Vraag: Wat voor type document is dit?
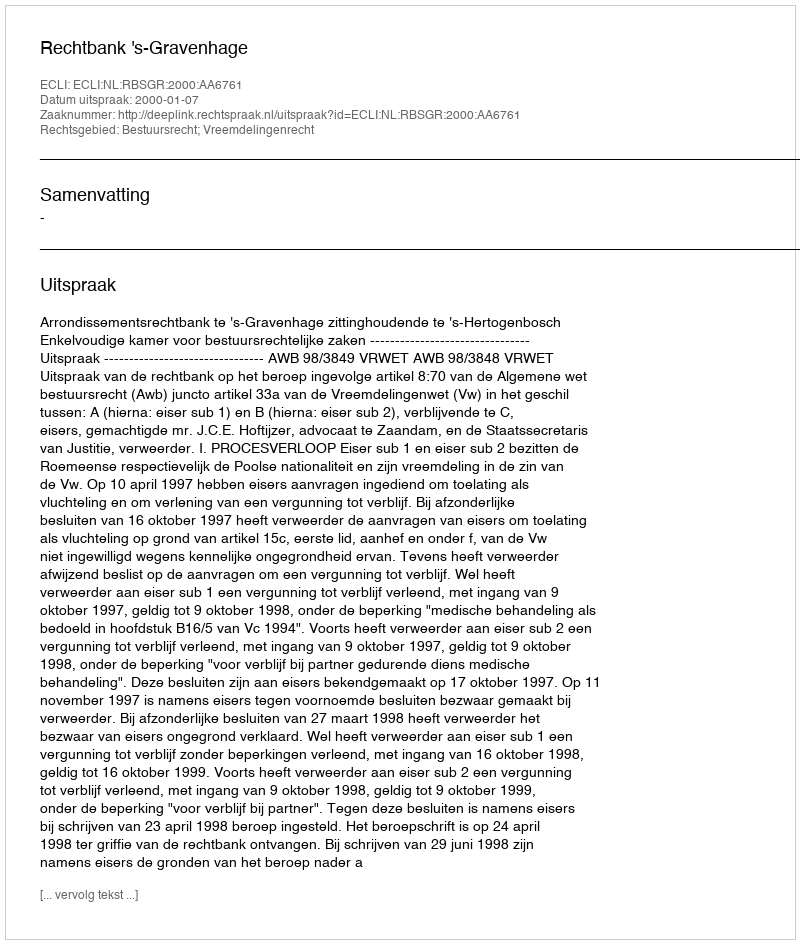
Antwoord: Uitspraak